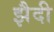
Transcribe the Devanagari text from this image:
झैदी